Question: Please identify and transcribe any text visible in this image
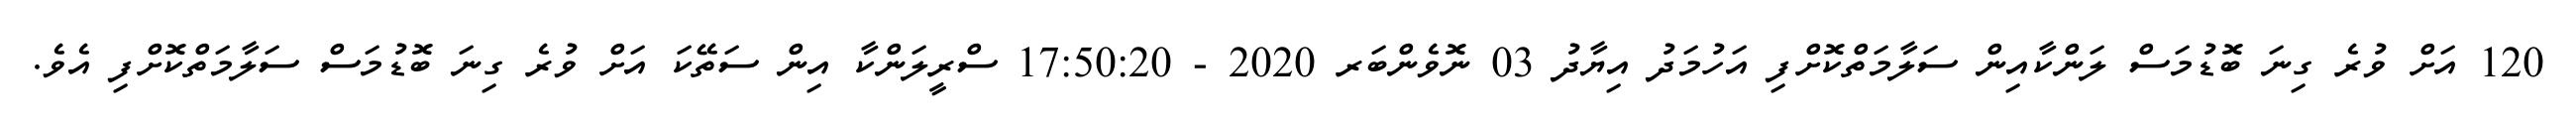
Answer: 120 އަށް ވުރެ ގިނަ ބޮޑުމަސް ލަންކާއިން ސަލާމަތްކޮށްފި އަހުމަދު އިޔާދު 03 ނޮވެންބަރ 2020 - 17:50:20 ސްރީލަންކާ އިން ސަތޭކަ އަށް ވުރެ ގިނަ ބޮޑުމަސް ސަލާމަތްކޮށްފި އެވެ.